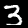
Label: 3